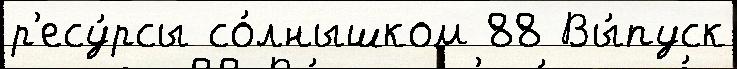
р'есу́рсы со́лнышком 88 Вы́пуск